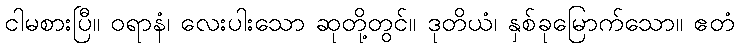
ငါမစားပြီ။ ဝရာနံ၊ လေးပါးသော ဆုတို့တွင်။ ဒုတိယံ၊ နှစ်ခုမြောက်သော။ ဧတံ